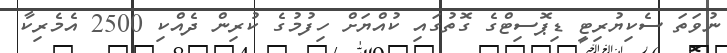
ނުވަތަ ސެކިޔުރިޓީ ޑިޕޮސިޓްގެ ގޮތުގައި ކުއްޔަށް ހިފުމުގެ ކުރިން ދެއްކި 2500 އެމެރިކާ